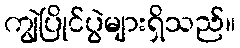
ကျွဲပြိုင်ပွဲများရှိသည်။